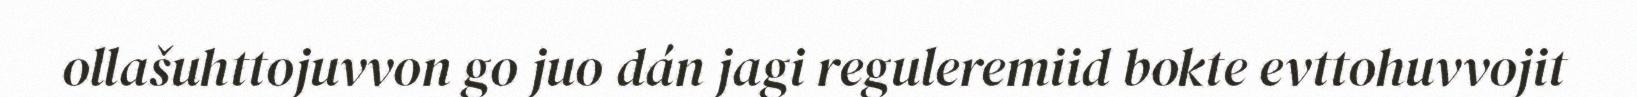
ollašuhttojuvvon go juo dán jagi reguleremiid bokte evttohuvvojit